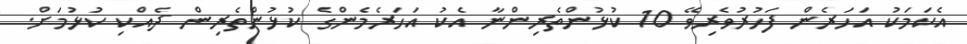
އެކަމަކު އަހަރެން ފަހުރުވެރިވޭ 10 ކުޅުންތެރިންނާ އެކު އަހަރެމެންގެ ކުޅުންތެރިން ދެއްކި ކުޅުމަށް.